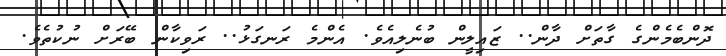
ދޮންބެމެންގެ ގާތަށް ދާން.. ޒައިލީން ބުނެލިއެވެ. އެންމެ ރަނގަޅު.. ރަވިކާން ބޭރަށް ނުކުތެވެ.